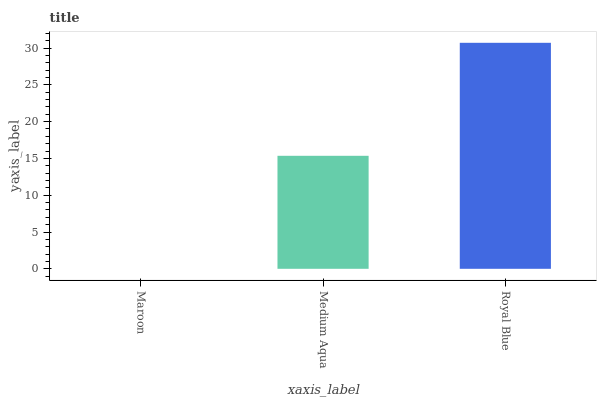
| xaxis_label | bars |
 | --- | --- |
 | Maroon | 0 |
 | Medium Aqua | 15.4 |
 | Royal Blue | 30.7 |